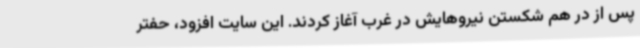
پس از در هم شکستن نیروهایش در غرب آغاز کردند. این سایت افزود، حفتر